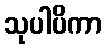
သုပါပိကာ